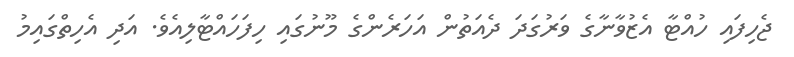
ޖެހިފައި ހުއްޓާ އެޒުވާނާގެ ވަރުގަދަ ދެއަތުން އަހަރެންގެ މޫނުގައި ހިފަހައްޓާލިއެވެ. އަދި އެހިތްގައިމު